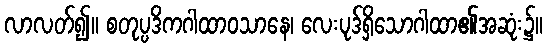
လာလတ်၍။ စတုပ္ပဒိကဂါထာဝသာနေ၊ လေးပုဒ်ရှိသောဂါထာ၏အဆုံး၌။